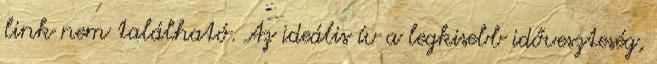
link nem található. Az ideális ív a legkisebb időveszteség,